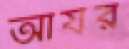
আর্যর